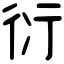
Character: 𧗠